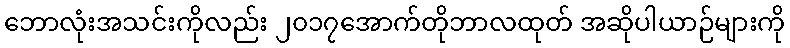
ဘောလုံးအသင်းကိုလည်း ၂၀၁၇အောက်တိုဘာလထုတ် အဆိုပါယာဉ်များကို